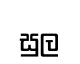
සුල